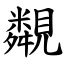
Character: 䚏